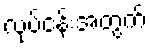
လုပ်ငန်းအတွက်